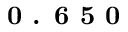
\textbf { 0 . 6 5 0 }